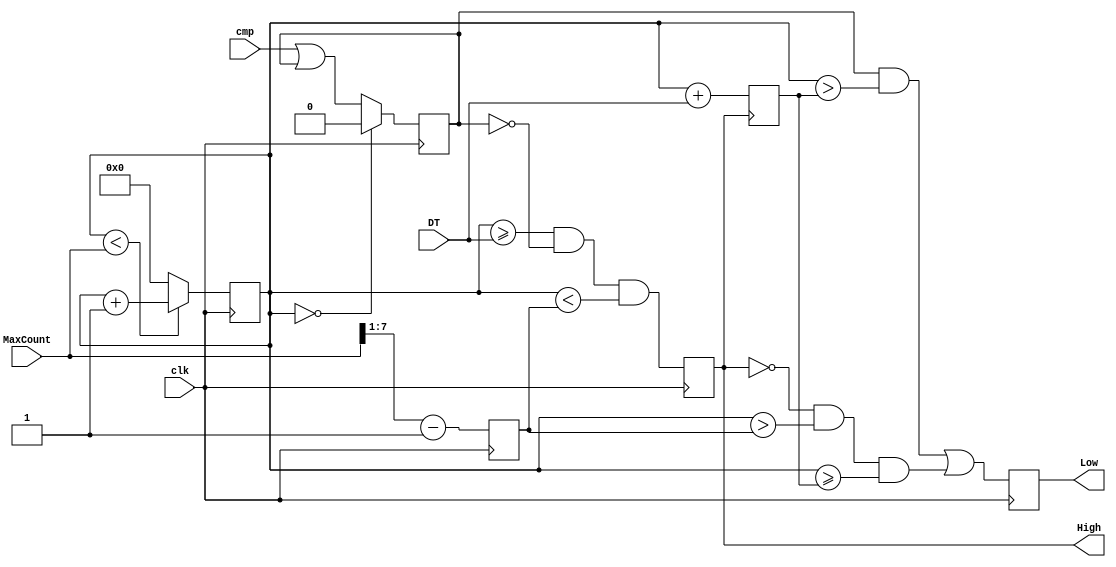
module PeakCurrentHB(clk, cmp, DT, MaxCount, High, Low);
//Inputs and outputs
input clk, cmp;
input [7:0] DT, MaxCount;
output reg High, Low;
//Internal variables
reg [7:0] Counter = 0;
reg [7:0] DTCount = 0;
reg [7:0] MaxDuty = 0;
reg Flag;
//Wires
wire [7:0] Counter_Next, DTCount_Next, MaxDuty_Next;
wire High_Next, Low_Next, Flag_Next;
//For simulation purposes only
initial begin
  High = 0;
  Low = 1;
end
//Sequential Code
always @ (posedge(clk))
begin
	Counter <= Counter_Next;
	High <= High_Next;
	Low <= Low_Next;
	Flag <= Flag_Next;
	MaxDuty <= MaxDuty_Next;
end
//Clock the dead time counter on the flag edge
always @ (negedge(High))
begin
	DTCount <= DTCount_Next;
end
//Combinatorial Code
assign Flag_Next = (Counter == 8'b00000000)?0:(cmp || Flag);
assign Counter_Next = (Counter < MaxCount)?(Counter+1):0;
assign High_Next = (Counter >= DT) && (!Flag) && (Counter < MaxDuty);
assign Low_Next = ((Flag) && (Counter > DTCount)) || ((!High) && (Counter > MaxDuty) && (Counter >= DTCount));
assign DTCount_Next = Counter + DT;
assign MaxDuty_Next = (MaxCount >> 1) - 1;
endmodule